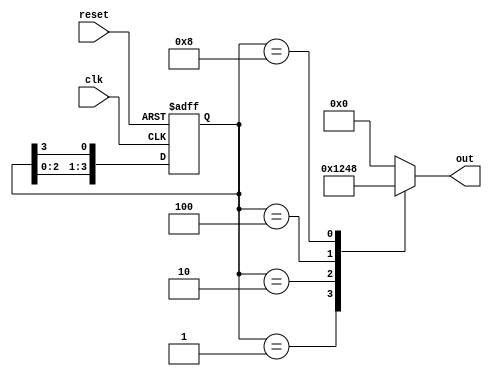
module ring_counter_moore #(
    parameter N = 4  // Number of bits in the ring counter
)(
    input wire clk,      // Clock input
    input wire reset,    // Asynchronous reset
    output reg [N-1:0] out // Output representing the current state
);

// State register
reg [N-1:0] state;

// Sequential logic for the ring counter
always @(posedge clk or posedge reset) begin
    if (reset) begin
        // Initialize to the first state (000...001)
        state <= 1'b1; // Only the first flip-flop is set
    end else begin
        // Shift the '1' to the next flip-flop
        state <= {state[N-2:0], state[N-1]};
    end
end

// Output logic for the Moore state machine
always @(*) begin
    case (state)
        4'b0001: out = 4'b0001; // Output for State 0
        4'b0010: out = 4'b0010; // Output for State 1
        4'b0100: out = 4'b0100; // Output for State 2
        4'b1000: out = 4'b1000; // Output for State 3
        default: out = 4'b0000;  // Default case (should not occur)
    endcase
end

endmodule